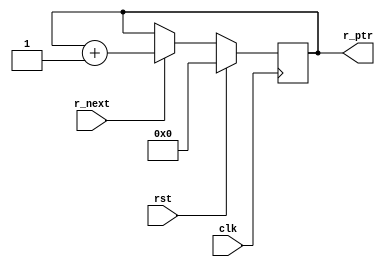
// This program was cloned from: https://github.com/JeffDeCola/my-verilog-examples
// License: MIT License

// A synchronous fifo read pointer

module read_ptr (
    input             clk,              // Clock
    input             rst,              // Reset
    input             r_next,           // Read next
    output reg [3:0]  r_ptr);           // Read pointer

    // ALWAYS BLOCK with NON-BLOCKING PROCEDURAL ASSIGNMENT STATEMENT
    always @ (posedge clk) begin
        if (rst) begin
            r_ptr <= 3'b000;
        end else if (r_next) begin
            r_ptr <= r_ptr + 1;
        end else begin
            r_ptr <= r_ptr;
        end
    end

endmodule